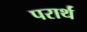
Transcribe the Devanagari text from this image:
परार्थं